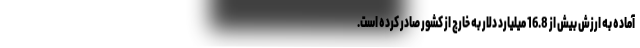
آماده به ارزش بیش از 16.8 میلیارد دلار به خارج از کشور صادر کرده است.